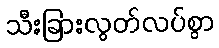
သီးခြားလွတ်လပ်စွာ